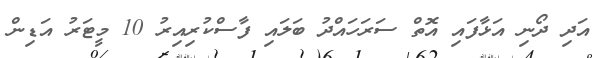
އަދި ދޯނި އަޅާފައި އޮތް ސަރަހައްދު ބަލައި ފާސްކުރިއިރު 10 މީޓަރު އަޑިން